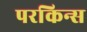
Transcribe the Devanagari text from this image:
परकिन्स